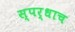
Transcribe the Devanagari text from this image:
स्पर्धाच